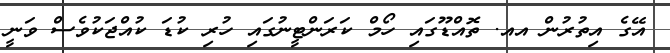
އޭގެ އިތުރުން އއ. ތޮއްޑޫގައި ހޯމް ކަރަންޓީނުގައި ހުރި ކުޑަ ކުއްޖަކުވެސް ވަނީ